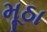
મૂઠા